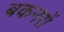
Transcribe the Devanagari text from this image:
बकनरों